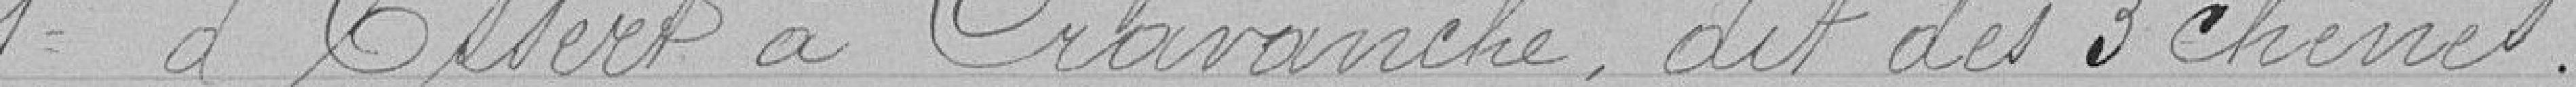
1° d'Essert à Cravance, dit des 3 chênes